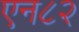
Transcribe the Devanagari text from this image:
एन८२